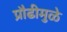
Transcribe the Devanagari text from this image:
प्रौढीमुळे